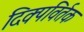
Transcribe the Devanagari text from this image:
दिक्पविर्तक